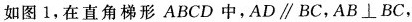
如图1，在直角梯形ABCD中，$$AD\parallel BC$$，$$AB\perp BC$$，